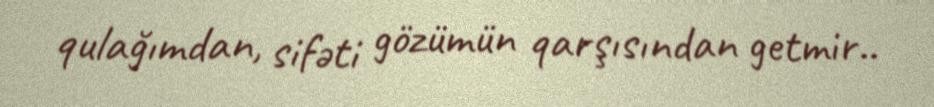
qulağımdan, sifəti gözümün qarşısından getmir..